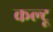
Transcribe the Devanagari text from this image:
कल्टू